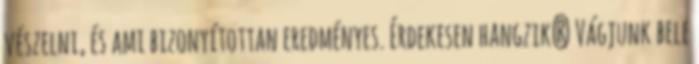
vészelni, és ami bizonyítottan eredményes. Érdekesen hangzik? Vágjunk bele